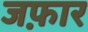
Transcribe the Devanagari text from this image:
जफ़ार